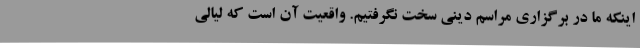
اینکه ما در برگزاری مراسم دینی سخت نگرفتیم. واقعیت آن است که لیالی